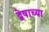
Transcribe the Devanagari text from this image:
द्वेषाच्या